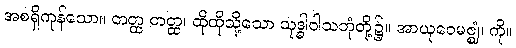
အစရှိကုန်သော။ တတ္ထ တတ္ထ၊ ထိုထိုသို့သော သုဒ္ဓါဝါသဘုံတို့၌။ အာယုဝေမဇ္ဈံ၊ ကို။